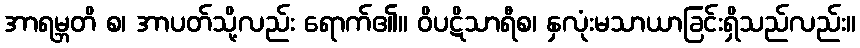
အာရမ္ဘတိ စ၊ အာပတ်သို့လည်း ရောက်၏။ ဝိပဋိသာရီစ၊ နှလုံးမသာယာခြင်းရှိသည်လည်း။